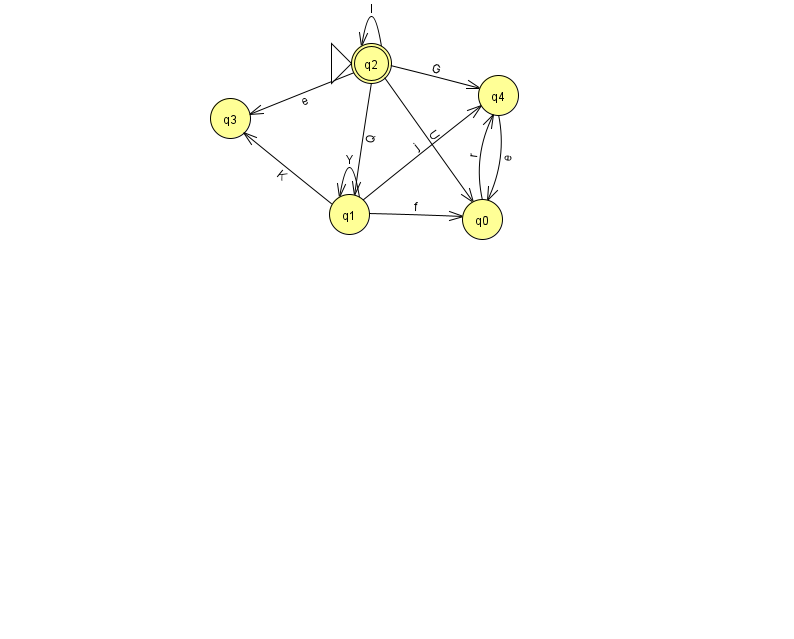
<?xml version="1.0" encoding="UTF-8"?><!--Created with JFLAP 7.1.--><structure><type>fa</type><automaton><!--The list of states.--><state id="0" name="q0"><x>482.0</x><y>206.0</y></state><state id="1" name="q1"><x>349.0</x><y>201.0</y></state><state id="2" name="q2"><x>371.0</x><y>50.0</y><initial/><final/></state><state id="3" name="q3"><x>230.0</x><y>105.0</y></state><state id="4" name="q4"><x>498.0</x><y>82.0</y></state><!--The list of transitions.--><transition><from>1</from><to>4</to><read>j</read></transition><transition><from>1</from><to>0</to><read>f</read></transition><transition><from>2</from><to>4</to><read>G</read></transition><transition><from>2</from><to>1</to><read>Q</read></transition><transition><from>4</from><to>0</to><read>e</read></transition><transition><from>1</from><to>1</to><read>Y</read></transition><transition><from>2</from><to>0</to><read>U</read></transition><transition><from>1</from><to>3</to><read>K</read></transition><transition><from>2</from><to>2</to><read>l</read></transition><transition><from>2</from><to>3</to><read>e</read></transition><transition><from>0</from><to>4</to><read>r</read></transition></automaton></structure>